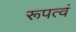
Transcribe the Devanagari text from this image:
रूपत्वं